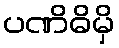
ပဏိဓိမှိ